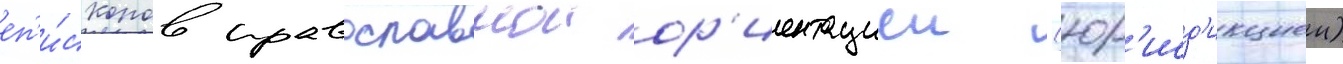
еп'и́скопов православнои ор'иентациеи (юр'исд'икциеи)